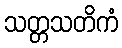
သတ္တသတိကံ